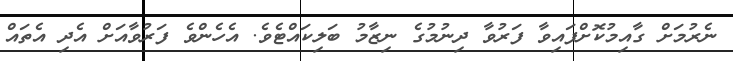
ނެރުމަށް ގާއިމުކޮށްފައިވާ ފަރުވާ ދިނުމުގެ ނިޒާމު ބަލިކައްޓެވެ. އެހެންވެ ފަރުވާއަށް އެދި އެތައް